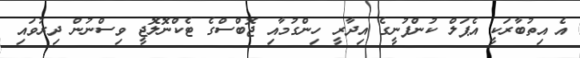
އެ އިތުބާރަކީ އެޕަލް ކުންފުނީގެ އިދާރީ ހިންގުމާއި ޖޮބްސްގެ ޓެކްނޮލޮޖީ ވިސްނުން ދިރުވައި